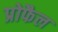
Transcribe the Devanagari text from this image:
प्रोफैल